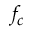
f _ { c }